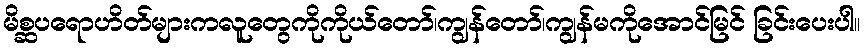
မိစ္ဆပရောဟိတ်များကလူတွေကိုကိုယ်တော်၊ကျွန်တော်၊ကျွန်မကိုအောင်မြင် ခြင်းပေးပါ။